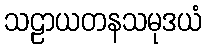
သဠာယတနသမုဒယံ